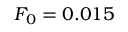
F _ { 0 } = 0 . 0 1 5